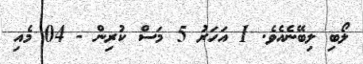
ލޯބި ލިބޭނެއެވެ. 1 އަހަރު 5 މަސް ކުރިން - 04 މެއި